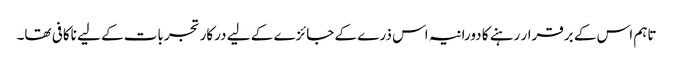
تاہم اس کے برقرار رہنے کا دورانیہ اس ذرے کے جائزے کے لیے درکار تجربات کے لیے ناکافی تھا۔